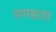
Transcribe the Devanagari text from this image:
मण्डवा